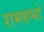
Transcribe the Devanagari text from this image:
रामबन्धो